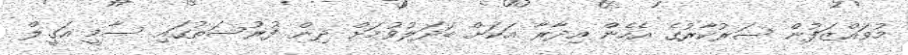
މުވައްޒަފުން ސަރުކާރުގެ އެހެން އިދާރާ އަކަށް ބަދަލުވުމަށް ދިން ފުރުސަތުގައި ސާމީ އަގީލް